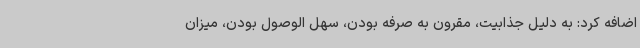
اضافه کرد: به دلیل جذابیت، مقرون به صرفه بودن، سهل الوصول بودن، میزان